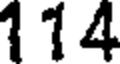
114